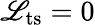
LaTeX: \mathscr{L}_{\mathrm{{ts}}}=0